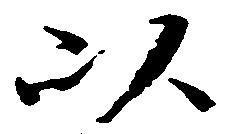
以